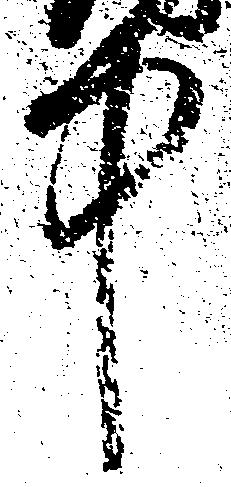
中